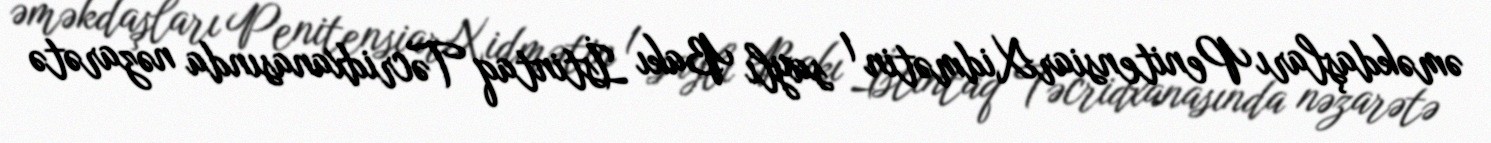
əməkdaşları PenitensiarXidmətin 1 saylı Bakı İstintaq Təcridxanasında nəzarətə